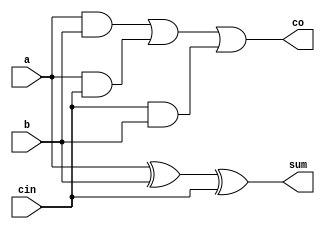
module full_adder(a,b,cin,sum,co);
  input a,b,cin;
  output sum,co;
  assign sum=a^b^cin;  //xor(sum,a,b,c)
  assign co=(a&b)|(a&cin)|(cin&b);  
endmodule